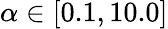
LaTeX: \alpha\in[0.1,10.0]